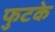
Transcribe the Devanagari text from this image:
फुटके